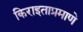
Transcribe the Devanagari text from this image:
किराइताप्रमाणे